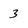
Character: 3